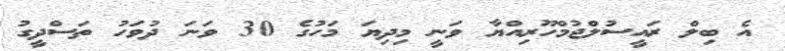
އެ ބިލް ރައީސުލްޖުމްހޫރިއްޔާ ވަނީ މިދިޔަ މަހުގެ 30 ވަނަ ދުވަހު ތަސްދީގު